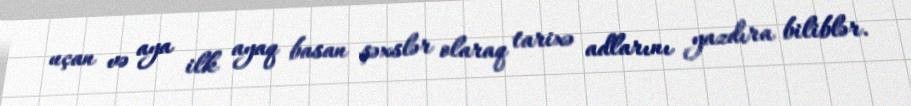
uçan və aya ilk ayaq basan şəxslər olaraq tarixə adlarını yazdıra biliblər.